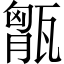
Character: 𤭶